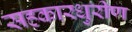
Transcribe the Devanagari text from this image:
सहकारधुरीण